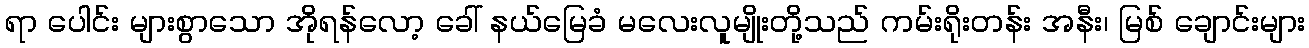
ရာ ပေါင်း များစွာသော အိုရန်လော့ ခေါ် နယ်မြေခံ မလေးလူမျိုးတို့သည် ကမ်းရိုးတန်း အနီး၊ မြစ် ချောင်းများ